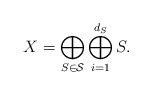
\begin{align*}X = \bigoplus_{S \in {\cal S}} \bigoplus_{i=1}^{d_S} S.\end{align*}